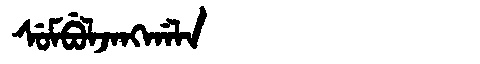
Manchu: ᠰᡠᠮᠪᡠᠯᠵᠠᠩᡤᠠᠯᠠ
Romanization: SUMBULJANGGALA